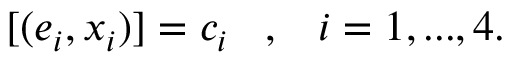
[ ( e _ { i } , x _ { i } ) ] = c _ { i } \; \; \; , \; \; \; i = 1 , . . . , 4 .